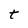
Character: t